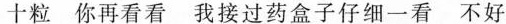
十粒 你再看看 我接过药盒子仔细一看